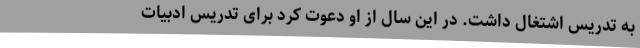
به تدریس اشتغال داشت. در این سال از او دعوت کرد برای تدریس ادبیات